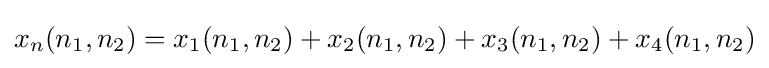
x_{n}(n_{1},n_{2})=x_{1}(n_{1},n_{2})+x_{2}(n_{1},n_{2})+x_{3}(n_{1},n_{2})+x_{4}(n_{1},n_{2})